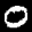
Label: 0